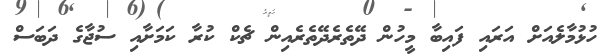
ހުޅުމާލެއަށް އަރައި ފައިބާ މީހުން ދޭތެރެދޭތެރެއިން ޗެކް ކުރާ ކަމަށާއި ސުޖާގެ ދަބަސް